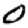
Digit: 0